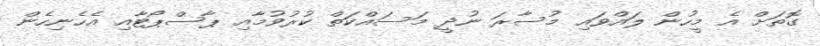
ގޮތަށް އެ މީހުން ލައްވައި މުސާރަ ނުދީ މަސައްކަތް ކުރުވުމާއި ޕާސްޕޯޓާއި އެހެނިހެން